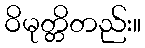
ဝိမုတ္တိတည်း။